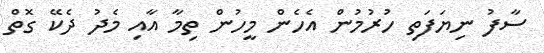
ސާފު ނިޔަފަތި ހުރުމުން އެހެން މީހުން ތިމާ އާއި މެދު ދެކޭ ގޮތް